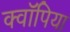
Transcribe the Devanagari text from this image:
क्वॉपिया